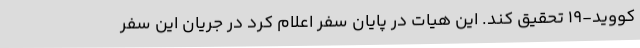
کووید-19 تحقیق کند. این هیات در پایان سفر اعلام کرد در جریان این سفر